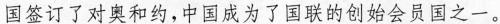
国签订了对奥和约，中国成为了国联的创始会员国之一。